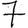
Digit: 7